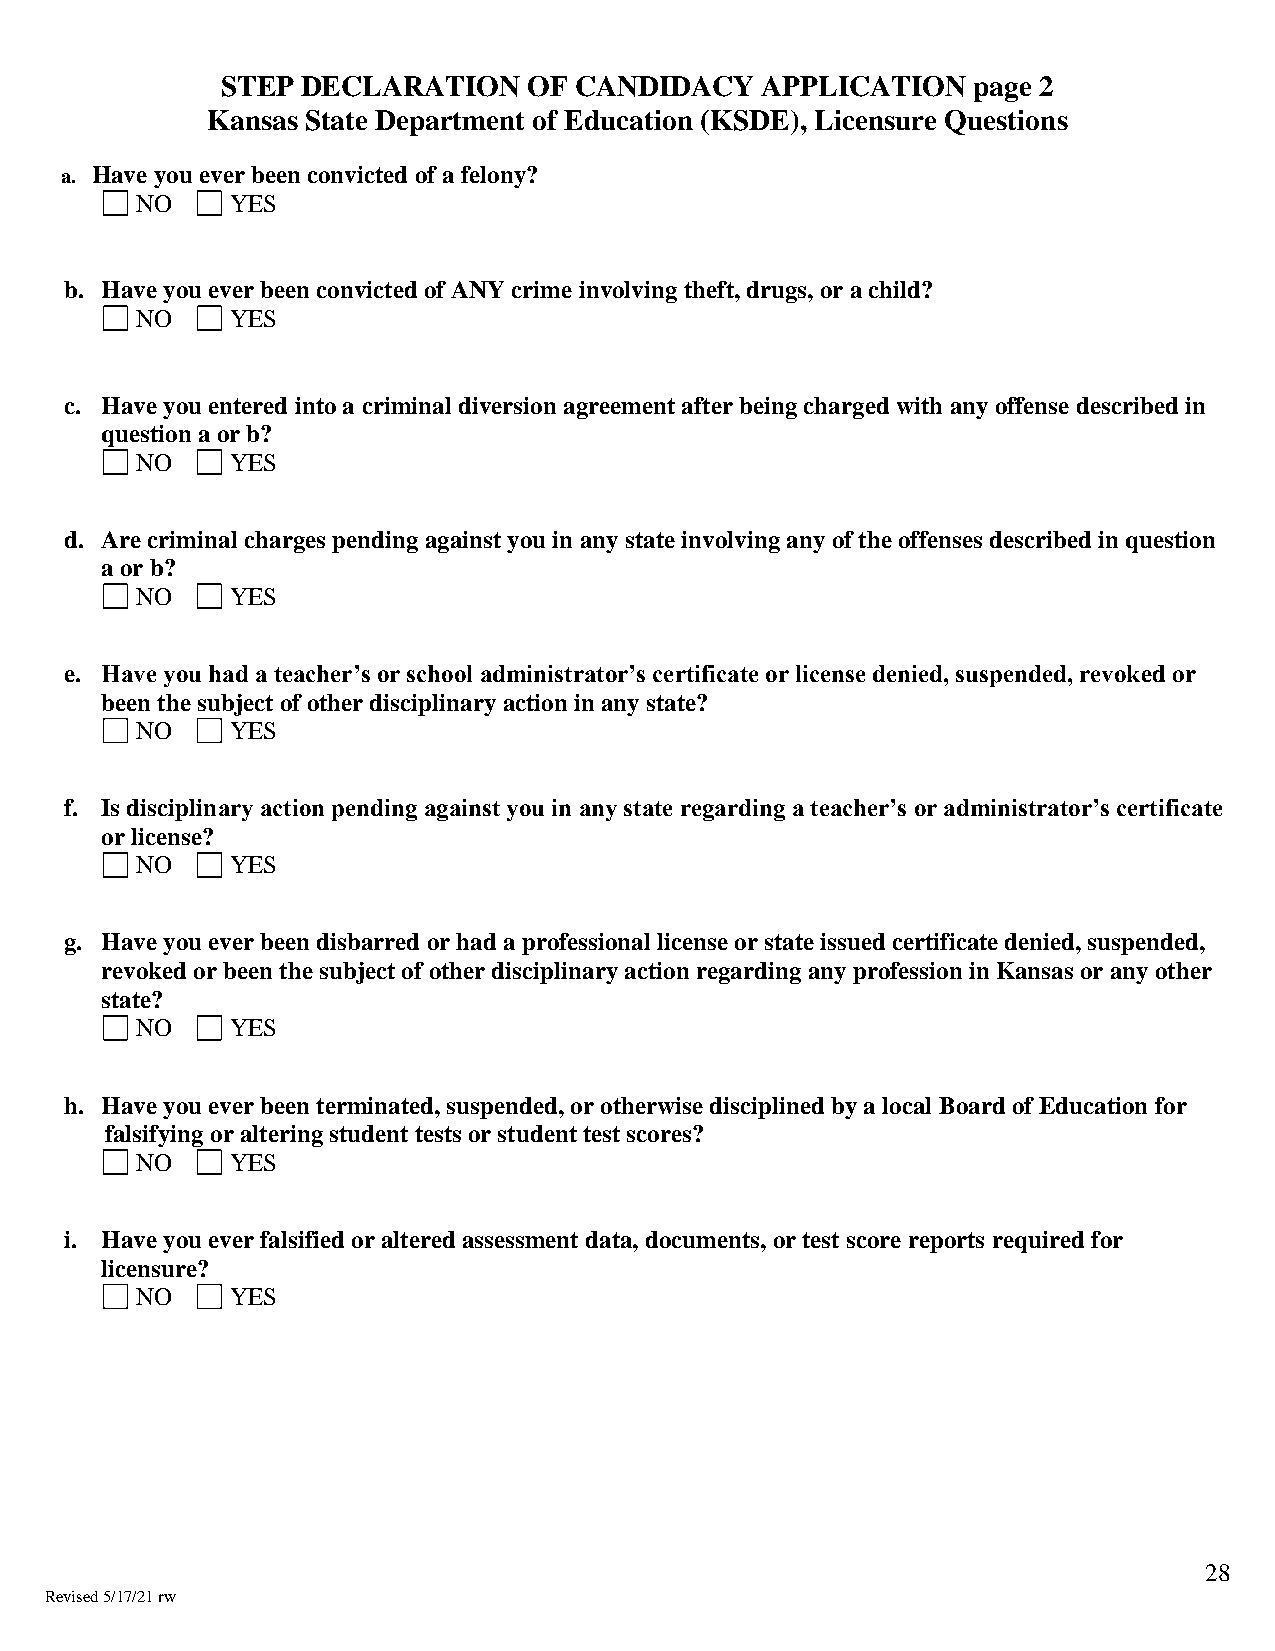
STEP DECLARATION    OF CANDIDACY   APPLICATION   page 2
 Kansas State Department of Education (KSDE), Licensure Questions
 a. Have you ever been convicted of a felony?
 NO    YES
 b. Have you ever been convicted of ANY crime involving theft, drugs, or a child?
 NO    YES
 c. Have you entered into a criminal diversion agreement after being charged with any offense described in
 question a or b?
 NO    YES
 d. Are criminal charges pending against you in any state involving any of the offenses described in question
 a or b?
 NO    YES
 e. Have you had a teacher’s or school administrator’s certificate or license denied, suspended, revoked or
 been the subject of other disciplinary action in any state?
 NO    YES
 f. Is disciplinary action pending against you in any state regarding a teacher’s or administrator’s certificate
 or license?
 NO    YES
 g. Have you ever been disbarred or had a professional license or state issued certificate denied, suspended,
 revoked or been the subject of other disciplinary action regarding any profession in Kansas or any other
 state?
 NO    YES
 h. Have you ever been terminated, suspended, or otherwise disciplined by a local Board of Education for
 falsifying or altering student tests or student test scores?
 NO    YES
 i. Have you ever falsified or altered assessment data, documents, or test score reports required for
 licensure?
 NO    YES
 28
 Revised 5/17/21 rw